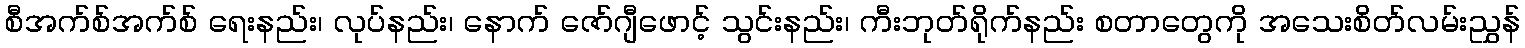
စီအက်စ်အက်စ် ရေးနည်း၊ လုပ်နည်း၊ နောက် ဇော်ဂျီဖောင့် သွင်းနည်း၊ ကီးဘုတ်ရိုက်နည်း စတာတွေကို အသေးစိတ်လမ်းညွှန်